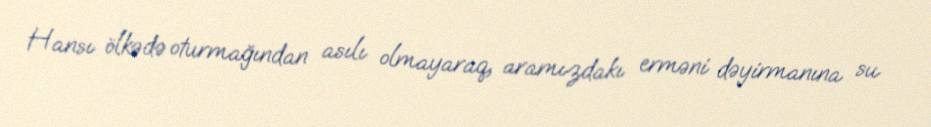
Hansı ölkədə oturmağından asılı olmayaraq, aramızdakı erməni dəyirmanına su